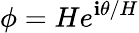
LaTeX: \phi=He^{\mathbf{i}\theta/H}